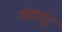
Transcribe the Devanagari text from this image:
गंडापूर